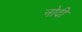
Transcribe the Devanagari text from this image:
नोदी